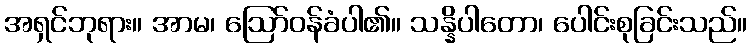
အရှင်ဘုရား။ အာမ၊ ဩော်ဝန်ခံပါ၏။ သန္နိပါတော၊ ပေါင်းစုခြင်းသည်။